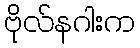
ဗိုလ်နဂါးက